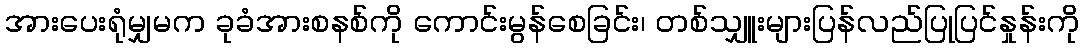
အားပေးရုံမျှမက ခုခံအားစနစ်ကို ကောင်းမွန်စေခြင်း၊ တစ်သျှူးများပြန်လည်ပြုပြင်နှုန်းကို